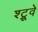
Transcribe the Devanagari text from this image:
श्ट्रूवे